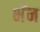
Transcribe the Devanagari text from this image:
भॅन